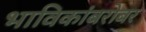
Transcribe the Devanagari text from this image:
भाविकांबरोबर